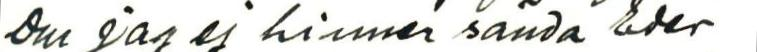
Om jag ej hinner sända eder